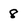
Character: 8